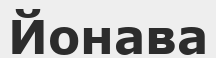
Йонава